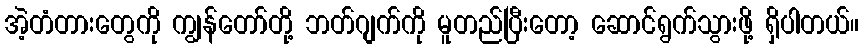
အဲ့တံတားတွေကို ကျွန်တော်တို့ ဘတ်ဂျက်ကို မူတည်ပြီးတော့ ဆောင်ရွက်သွားဖို့ ရှိပါတယ်။